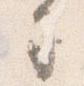
司